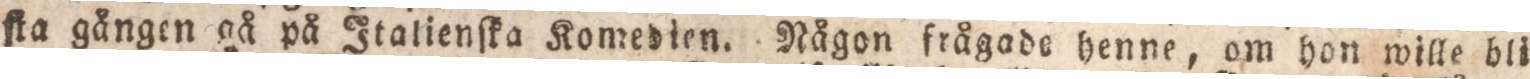
fka gången gå på Italienſka Komedien. Någon frågade henne, om hon wille bli